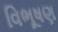
વિભૂષણ